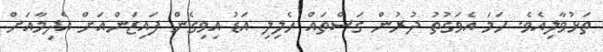
ތަޅުވާލިއެވެ. ހަމަ އެވަގުތު ދުރުން ގަސްތައް ހެލިލި އަޑު އިވިގެން ފައިޒަންއަށް އެދިމާއަށް